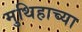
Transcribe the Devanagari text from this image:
मुथिहाच्या